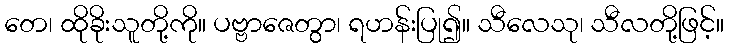
တေ၊ ထိုခိုးသူတို့ကို။ ပဗ္ဗာဇေတွာ၊ ရဟန်းပြု၍။ သီလေသု၊ သီလတို့ဖြင့်။